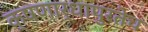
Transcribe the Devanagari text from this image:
क्षणार्धापुरतेच